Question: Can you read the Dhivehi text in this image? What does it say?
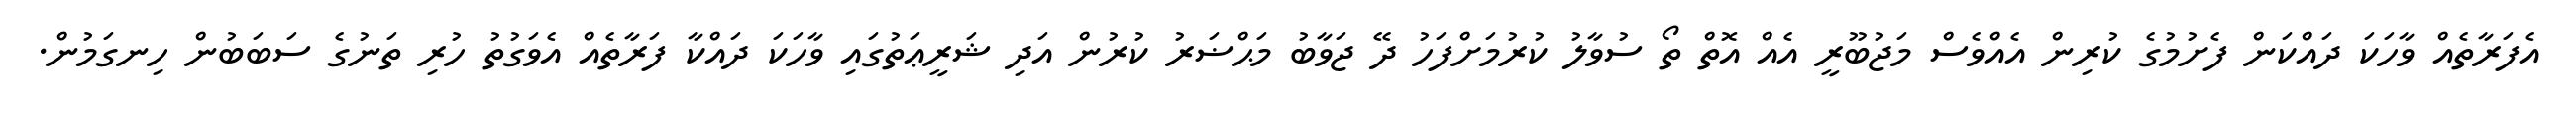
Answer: އެފަރާތެއް ވާހަކަ ދައްކަން ފެށުމުގެ ކުރިން އެއްވެސް މަޖުބޫރީ އެއް އޮތް ތޯ ސުވާލު ކުރުމަށްފަހު ދޭ ޖަވާބު މަޙްޟަރު ކުރުން އަދި ޝަރީޢަތުގައި ވާހަކަ ދައްކާ ފަރާތެއް އެވަގުތު ހުރި ތަނުގެ ސަބަބުން ހިނގަމުން.